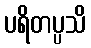
ပရိတပ္ပသိ